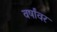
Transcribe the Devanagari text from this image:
वर्षांवर